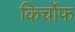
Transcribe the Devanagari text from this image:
किर्चोफ